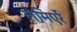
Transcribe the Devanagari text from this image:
लेमिएर्रे